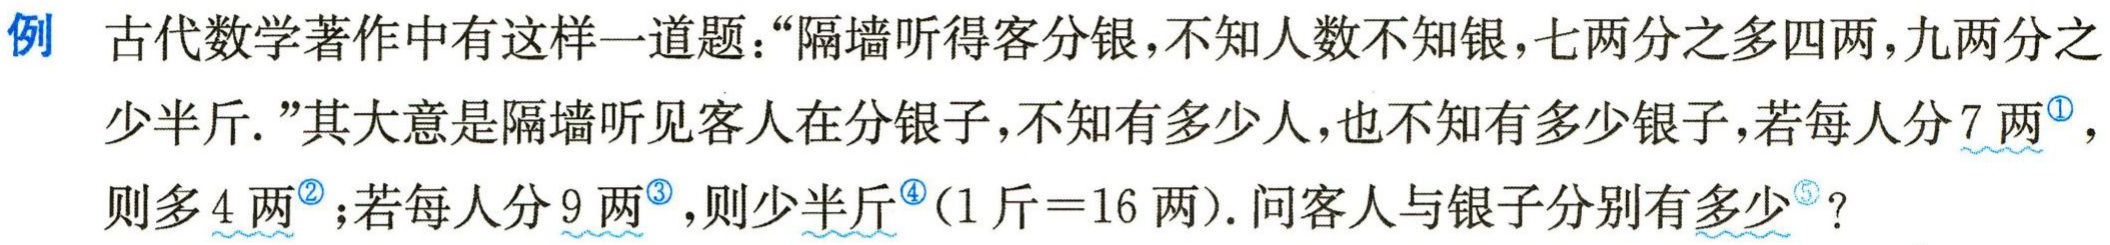
例 古代数学著作中有这样一道题：“隔墙听得客分银，不知人数不知银，七两分之多四两，九两分之少半斤.”其大意是隔墙听见客人在分银子，不知有多少人，也不知有多少银子，若每人分7两\(^{\textcircled{1}}\)，则多4两\(^{\textcircled{2}}\)；若每人分9两\(^{\textcircled{3}}\)，则少半斤\(^{\textcircled{4}}\)(1斤 = 16两). 问客人与银子分别有多少\(^{\textcircled{5}}\)？